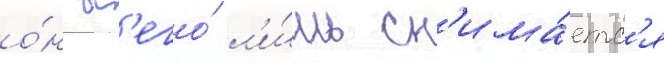
о́н вс'его́ л'и́шь сн'има́етс'я